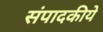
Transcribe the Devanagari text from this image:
संपादकीये